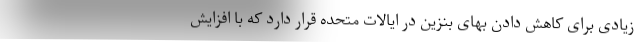
زیادی برای کاهش دادن بهای بنزین در ایالات متحده قرار دارد که با افزایش